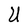
Character: U